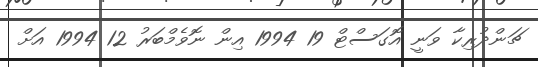
ޗަންދުރިކާ ވަނީ އޮގަސްޓް 19 1994 އިން ނޮވެމްބަރު 12 1994 އަށް